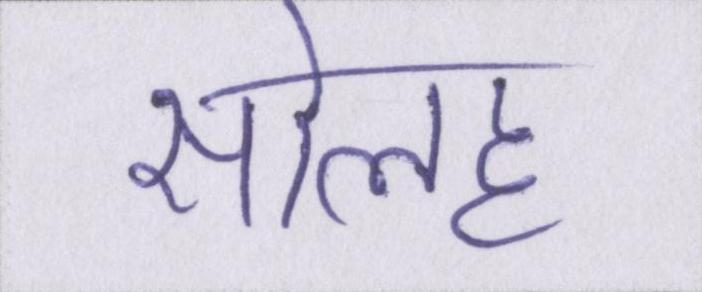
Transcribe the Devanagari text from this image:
सोलह